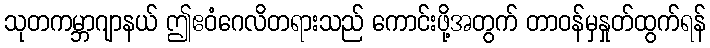
သုတကမ္ဘာဂျာနယ် ဤဧဝံဂေလိတရားသည် ကောင်းဖို့အတွက် တာဝန်မှနှုတ်ထွက်ရန်